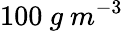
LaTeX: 100\ g\ m^{-3}